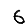
Digit: 6